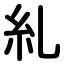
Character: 糺